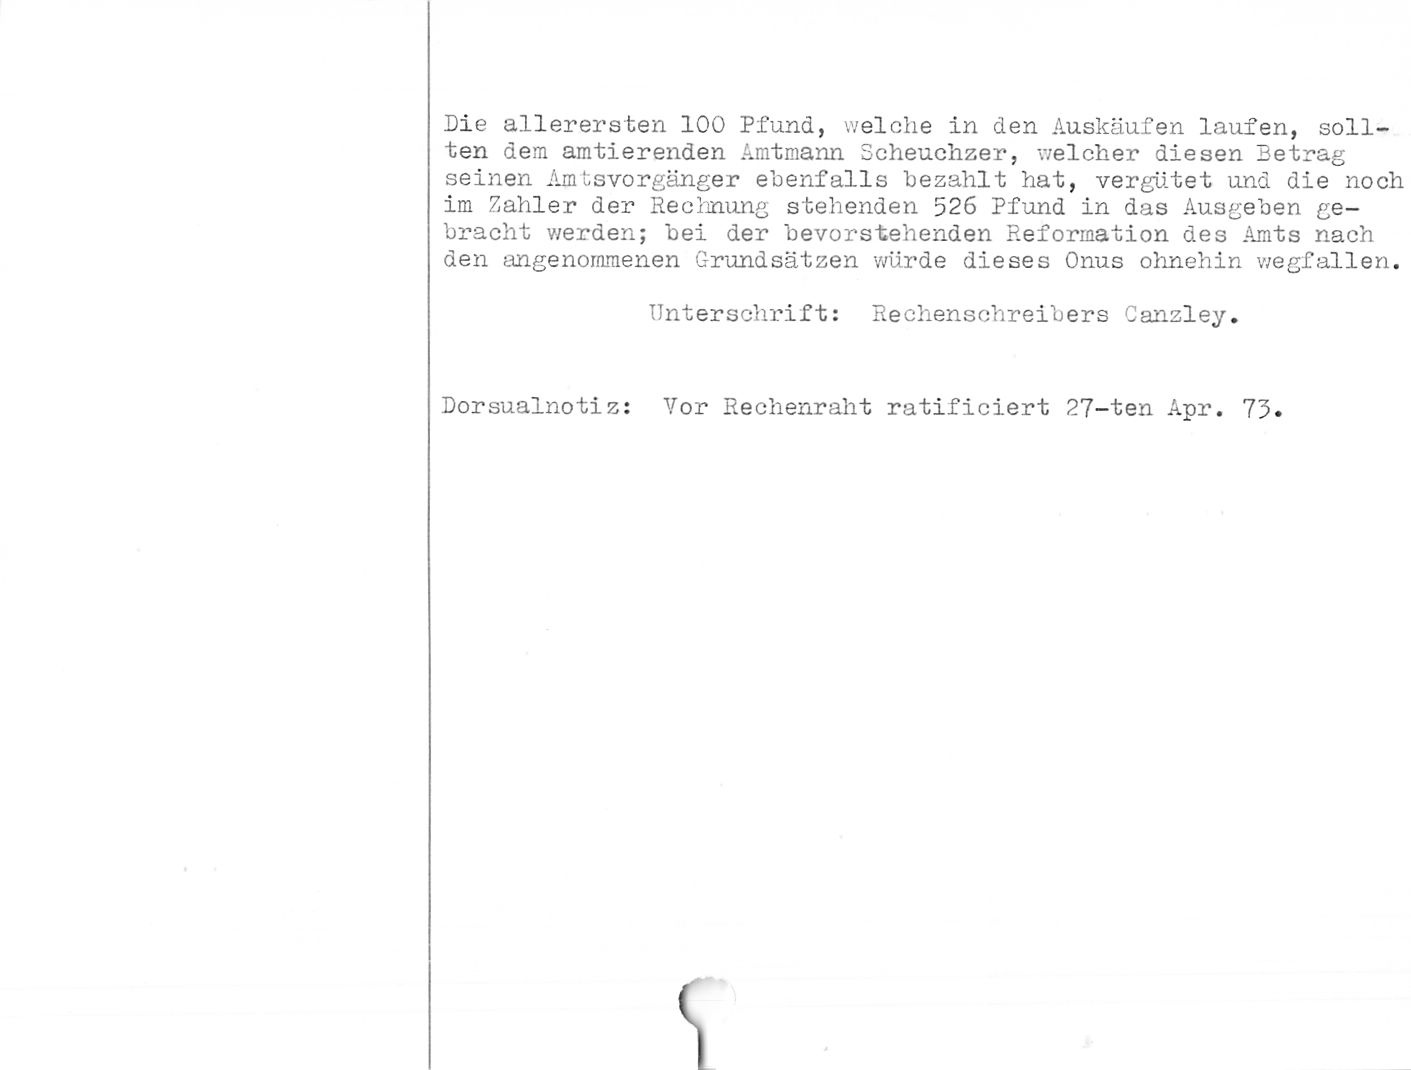
Die allerersten 100 Pfund, welche in den Auskäufen laufen, soll¬
ten dem amtierenden Amtmann Scheuchzer, welcher diesen Betrag
seinen Amt3vorganger ebenfalls bezahlt hat, vergütet und die noch
im Zahler der Rechnung stehenden 526 Pfund in das Ausgeben ge¬
bracht werden; bei der bevorstehenden Reformation des Amts nach
den angenommenen Grundsätzen würde dieses Onus ohnehin wegfallen.

Unterschrift: Rechenschreibers Canzley.

Dorsualnotiz: Vor Rechenraht ratificiert 27-ten Apr. 75.